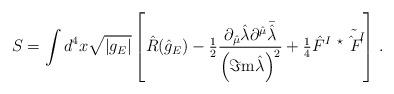
LaTeX: \begin{align*}S= \int d^{4}x\sqrt{|g_{E}|} \left[ \hat{R}(\hat{g}_{E})-{\textstyle\frac{1}{2}}\frac{ \partial_{\hat{\mu}}\hat{\lambda}\partial^{\hat{\mu}}\bar{\hat{\lambda}}}{\left(\Im{\rm m}\hat{\lambda}\right)^{2}}+{\textstyle\frac{1}{4}}\hat{F}^{I}\ {}^{\star}\tilde{\hat{F}^{I}} \right]\, .\end{align*}